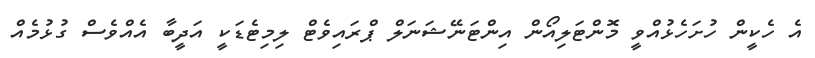
އެ ހެކީން ހުށަހެޅުއްވީ މޮންޓަލިއޯން އިންޓަނޭޝަނަލް ޕްރައިވެޓް ލިމިޓެޑަކީ އަދީބާ އެއްވެސް ގުޅުމެއް